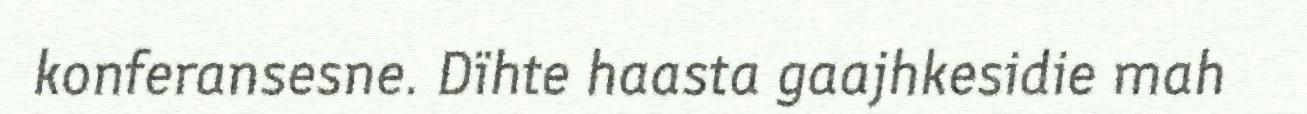
konferansesne. Dïhte haasta gaajhkesidie mah